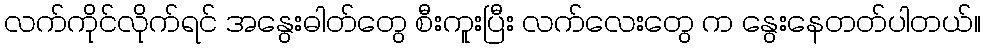
လက်ကိုင်လိုက်ရင် အနွေးဓါတ်တွေ စီးကူးပြီး လက်လေးတွေ က နွေးနေတတ်ပါတယ်။